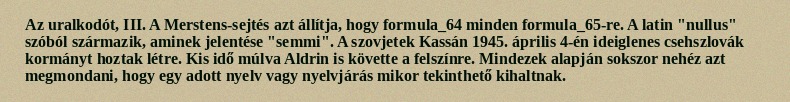
Az uralkodót, III. A Merstens-sejtés azt állítja, hogy formula_64 minden formula_65-re. A latin "nullus" szóból származik, aminek jelentése "semmi". A szovjetek Kassán 1945. április 4-én ideiglenes csehszlovák kormányt hoztak létre. Kis idő múlva Aldrin is követte a felszínre. Mindezek alapján sokszor nehéz azt megmondani, hogy egy adott nyelv vagy nyelvjárás mikor tekinthető kihaltnak.